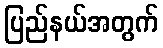
ပြည်နယ်အတွက်